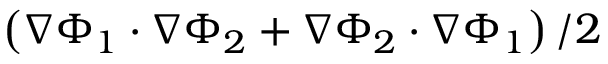
\left( \nabla \Phi _ { 1 } \cdot \nabla \Phi _ { 2 } + \nabla \Phi _ { 2 } \cdot \nabla \Phi _ { 1 } \right) / 2